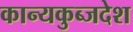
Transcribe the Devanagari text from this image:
कान्यकुब्जदेश